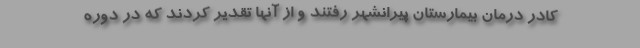
کادر درمان بیمارستان پیرانشهر رفتند و از آنها تقدیر کردند که در دوره